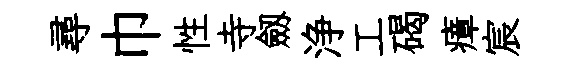
尋巾性寺劔浄工碣瘴宸